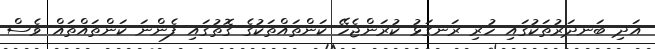
އަދި ބަނދަރުތަކުގައި ހުރި ރަނގަޅު ކުރަންޖެހޭ ކަންތައްތަކުގެ ގޮތުގައި ފެންނަ ކަންތައްތައް ވެސް